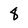
Character: 8